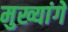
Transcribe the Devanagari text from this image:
मुख्यांगे